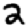
Digit: 2